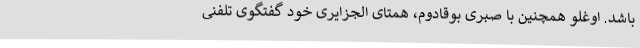
باشد. اوغلو همچنین با صبری بوقادوم، همتای الجزایری خود گفتگوی تلفنی